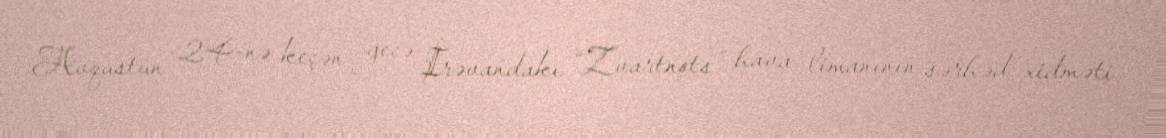
Avqustun 24-nə keçən gecə İrəvandakı “Zvartnots” hava limanının sərhəd xidməti